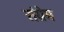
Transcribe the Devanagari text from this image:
संग्रेम